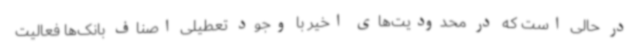
در حالی است که در محدودیت‌های اخیر با وجود تعطیلی اصناف بانک‌ها فعالیت